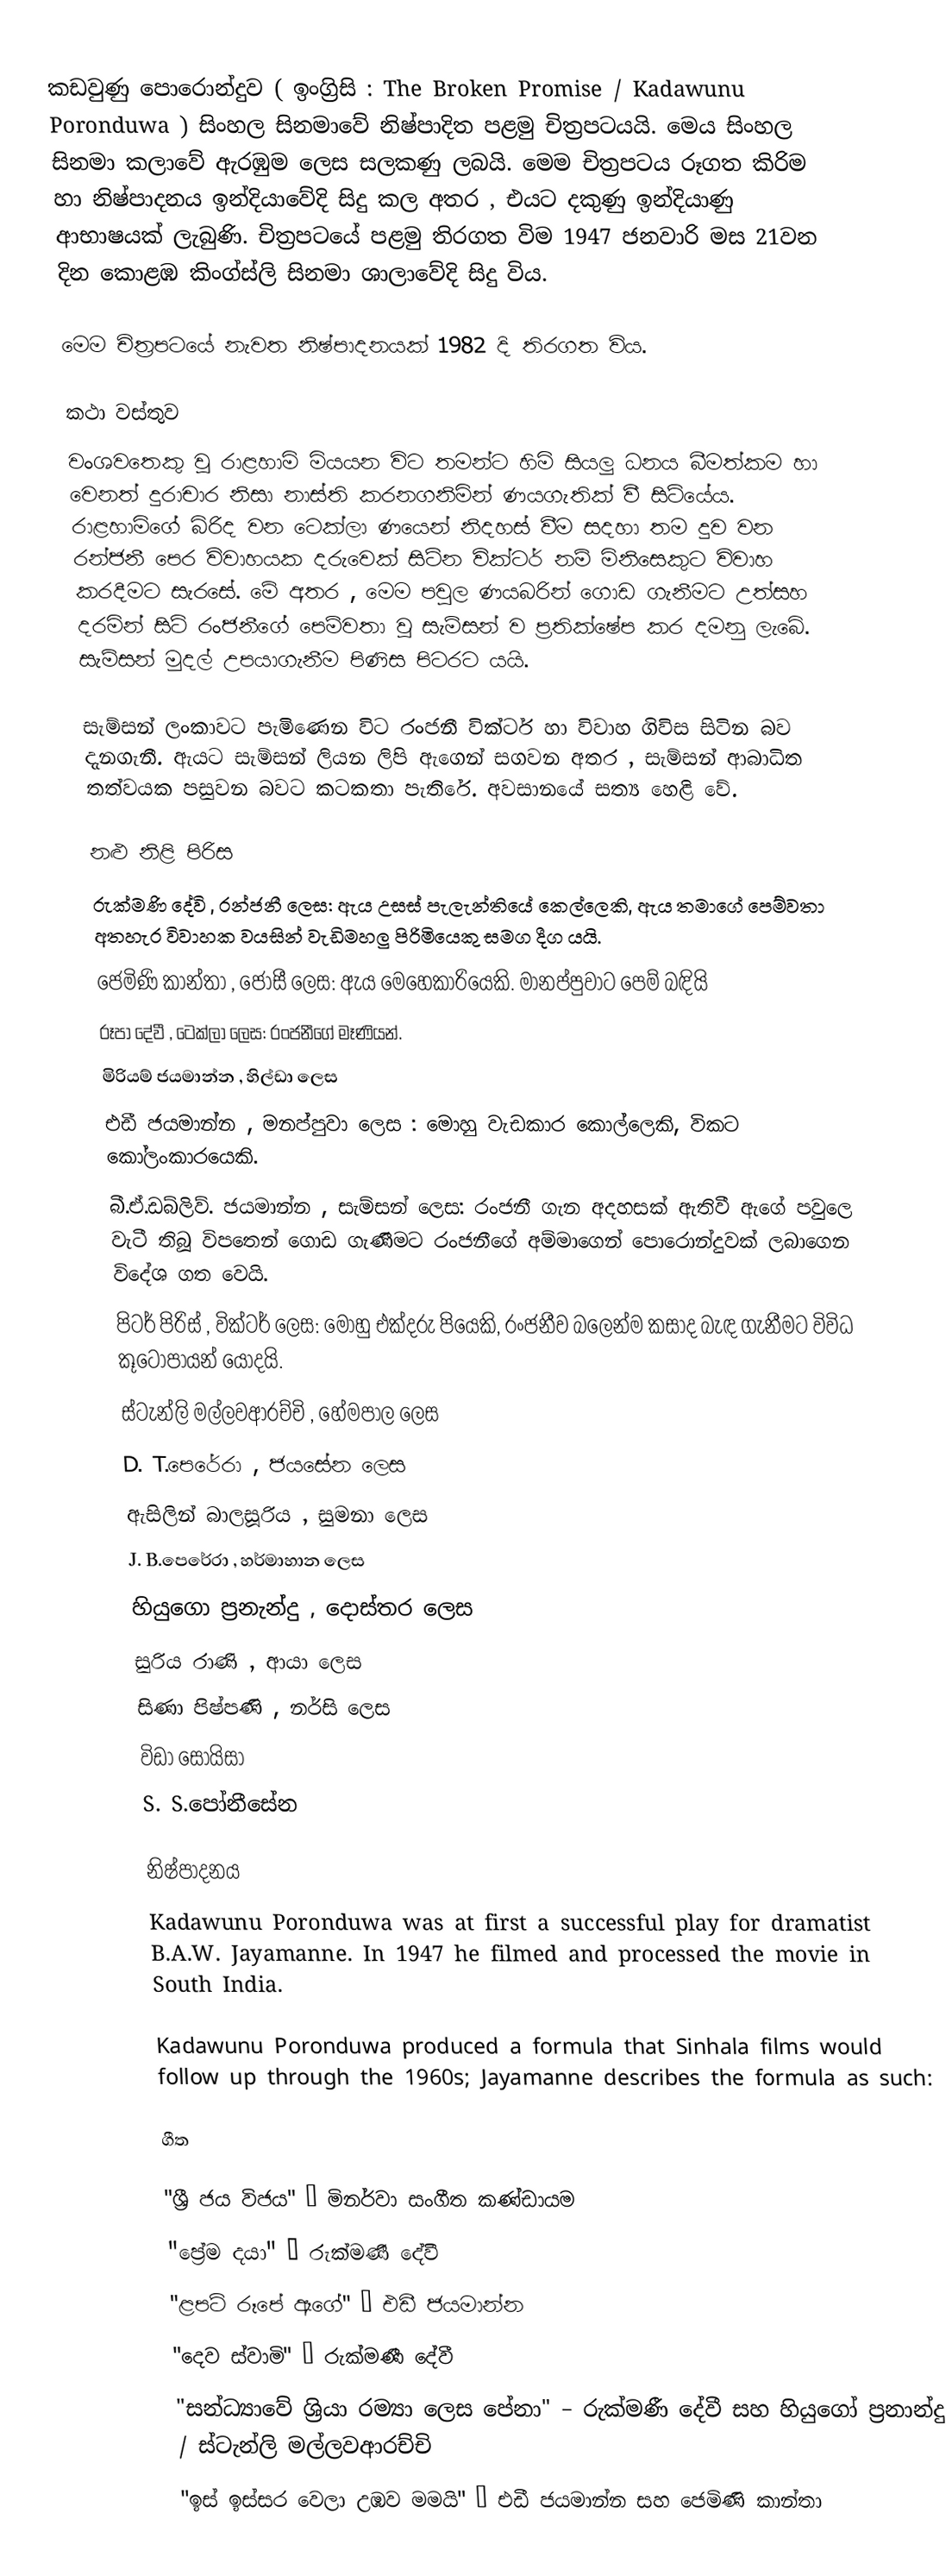
කඩවුණු පොරොන්දුව ( ඉංග්‍රිසි : The Broken Promise / Kadawunu Poronduwa ) සිංහල සිනමාවේ නිෂ්පාදිත පළමු චිත්‍රපටයයි.  මෙය සිංහල සිනමා කලාවේ ඇරඹුම ලෙස සලකණු ලබයි.  මෙම චිත්‍රපටය රූගත කිරිම හා  නිෂ්පාදනය ඉන්දියාවේදි සිදු කල අතර ,  එයට දකුණු ඉන්දියාණු ආභාෂයක් ලැබුණි.   චිත්‍රපටයේ පළමු තිරගත විම  1947 ජනවාරි මස 21වන දින කොළඹ කිංග්ස්ලි සිනමා ශාලාවේදි සිදු විය.

මෙම චිත්‍රපටයේ නැවත නිෂ්පාදනයක් 1982 දි  තිරගත විය.

කථා වස්තුව
වංශවතෙකු වූ රාළහාමි මියයන විට තමන්ට හිමි සියලු ධනය බීමත්කම හා වෙනත් දුරාචාර නිසා නාස්ති කරනගනිමින් ණයගැතික් වී සිටියේය. රාළහාමිගේ බිරිද වන ටෙක්ලා ණයෙන් නිදහස් වීම සදහා තම දුව වන රන්ජනී පෙර විවාහයක දරුවෙක් සිටින වික්ටර් නම් මිනිසෙකුට විවාහ කරදීමට සැරසේ. මේ අතර , මෙම පවුල ණයබරින් ගොඩ ගැනීමට උත්සහ දරමින් සිටි රංජනීගේ පෙම්වතා වූ සැම්සන් ව ප්‍රතික්ෂේප කර දමනු ලැබේ. සැම්සන් මුදල් උපයාගැනීම පිණිස පිටරට යයි.

සැම්සන් ලංකාවට පැමිණෙන විට රංජනී වික්ටර් හා විවාහ ගිවිස සිටින බව දැනගැනී. ඇයට සැම්සන් ලියන ලිපි ඇගෙන් සගවන අතර , සැම්සන් ආබාධිත තත්වයක පසුවන බවට කටකතා පැතිරේ. අවසානයේ සත්‍ය හෙළි වේ.

නළු නිළි පිරිස
රුක්මණි දේවි , රන්ජනී ලෙස: ඇය උසස් පැලැන්තියේ කෙල්ලෙකි, ඇය තමාගේ පෙම්වතා අතහැර විවාහක වයසින් වැඩිමහලු පිරිමියෙකු සමග දීග යයි.
ජෙමිණි කාන්තා , ජොසී ලෙස: ඇය මෙහෙකාරියෙකි. මානප්පුවාට පෙම් බඳියි
රූපා දේවී , ටෙක්ලා ලෙස: රංජනීගේ මෑණියන්.
මිරියම් ජයමාන්න , හිල්ඩා ලෙස
එඩී ජයමාන්න , මනප්පුවා ලෙස : මොහු වැඩකාර කොල්ලෙකි, විකට කෝලංකාරයෙකි.
බී.ඒ.ඩබ්ලිව්. ජයමාන්න , සැම්සන් ලෙස: රංජනී ගැන අදහසක් ඇතිවී ඇගේ පවුලෙ වැටී තිබූ විපතෙන් ගොඩ ගැණීමට රංජනීගේ අම්මාගෙන් පොරොන්දුවක් ලබාගෙන විදේශ ගත වෙයි.
පිටර් පිරිස් , වික්ටර් ලෙස: මොහු එක්දරු පියෙකි, රංජනීව බලෙන්ම කසාද බැඳ ගැනීමට විවිධ කූටෝපායන් යොදයි.
ස්ටැන්ලි මල්ලවආරච්චි , හේමපාල ලෙස
D. T.පෙරේරා , ජයසේන ලෙස
ඇසිලින් බාලසූරිය , සුමනා ලෙස
J. B.පෙරේරා , හර්මාහාන ලෙස
හියුගො ප්‍රනැන්දු ,  දොස්තර ලෙස
සුරිය රාණි , ආයා ලෙස
සිණා පිෂ්පණි , නර්සි ලෙස
විඩා සෝයිසා
S. S.පෝනීසේන

නිෂ්පාදනය
Kadawunu Poronduwa was at first a successful play for dramatist B.A.W. Jayamanne. In 1947 he filmed and processed the movie in South India.

Kadawunu Poronduwa produced a formula that Sinhala films would follow up through the 1960s; Jayamanne describes the formula as such:

ගීත

"ශ්‍රී ජය විජය" – මිනර්වා සංගීත කණ්ඩායම
"ප්‍රේම දයා" – රුක්මණී දේවී
"ළපටි රූපේ ඈගේ" – එඩී ජයමාන්න
"දෙව ස්වාමි" – රුක්මණී දේවී
"සන්ධ්‍යාවේ ශ්‍රියා රම්‍යා ලෙස පේනා" – රුක්මණී දේවී සහ හියුගෝ ප්‍රනාන්දු / ස්ටැන්ලි මල්ලවආරච්චි
"ඉස් ඉස්සර වෙලා උඹව මමයි" – එඩී ජයමාන්න සහ ජෙමිණි කාන්තා